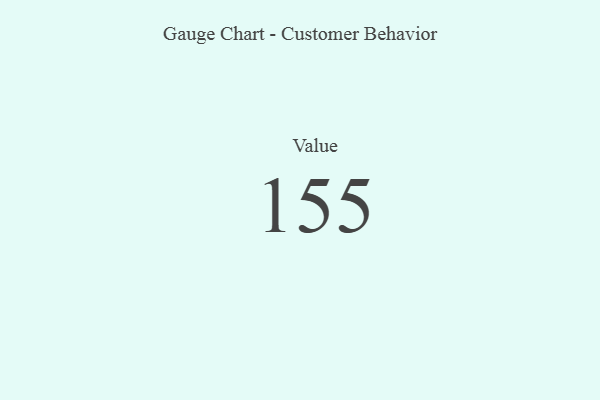
{"axis": {"x": "Metric", "y": "Value"}, "legend": [""], "data": [{"x": "Value", "y": 155, "type": ""}]}